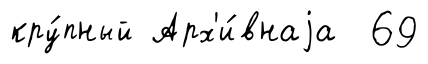
кру́пный Арх'и́внаjа 69